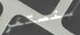
ستستمر